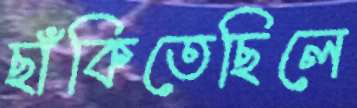
ছাঁকিতেছিলে